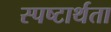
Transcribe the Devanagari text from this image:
स्पष्टार्थता